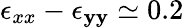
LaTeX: \epsilon_{xx}-\epsilon_{\mathbf{y}\mathbf{y}}\simeq0.2